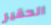
الحقير